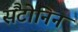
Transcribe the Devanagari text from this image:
सैंटोनिन